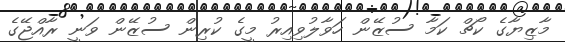
މާޒިޔާގެ ކޯޗް ކަމާ ސުޒޭން ހަވާލުވިއިރު މީގެ ކުރިން ސުޒޭން ވަނީ ރާއްޖޭގެ